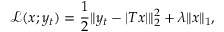
\mathcal { L } ( x ; y _ { t } ) = \frac { 1 } { 2 } \| y _ { t } - \lvert T x \rvert \| _ { 2 } ^ { 2 } + \lambda \| x \| _ { 1 } ,